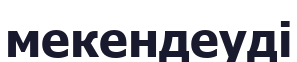
мекендеуді